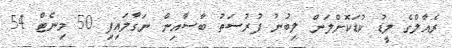
ރެއާލްގެ ލީޑު ކުޑަކޮށްލަން ލިބުނު ފުރުސަތު ބާސާއިން ނަގާލައިފި 50 މިނެޓް 54